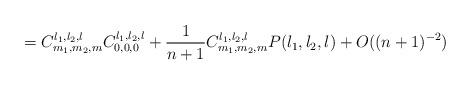
LaTeX: \begin{align*}=C_{m_{1},m_{2},m}^{l_{1},l_{2},l}C_{0,0,0}^{l_{1},l_{2},l}+\frac{1}{n+1}C_{m_{1},m_{2},m}^{l_{1},l_{2},l}P(l_{1},l_{2},l)+O((n+1)^{-2})\end{align*}